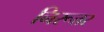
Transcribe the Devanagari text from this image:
निरूत्तर